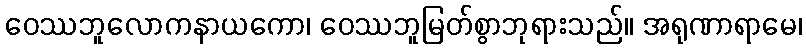
ဝေဿဘူလောကနာယကော၊ ဝေဿဘူမြတ်စွာဘုရားသည်။ အရုဏာရာမေ၊